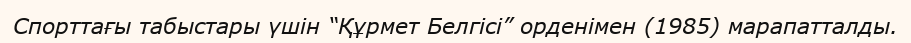
Спорттағы табыстары үшін “Құрмет Белгісі” орденімен (1985) марапатталды.